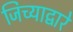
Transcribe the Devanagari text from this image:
जिच्याद्वारे